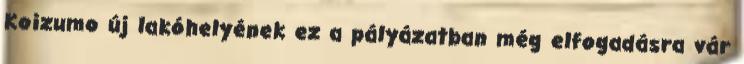
Koizumo új lakóhelyének ez a pályázatban még elfogadásra vár